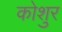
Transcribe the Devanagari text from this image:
कोशुर